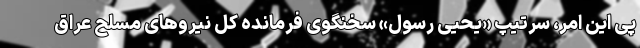
پی این امر، سرتیپ «یحیی رسول» سخنگوی فرمانده کل نیروهای مسلح عراق